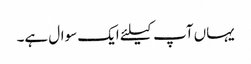
یہاں آپ کیلئے ایک سوال ہے۔